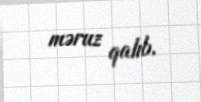
məruz qalıb.